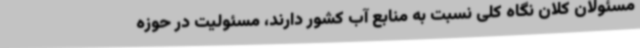
مسئولان کلان نگاه کلی نسبت به منابع آب کشور دارند، مسئولیت در حوزه